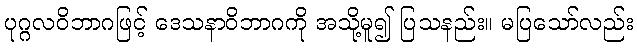
ပုဂ္ဂလဝိဘာဂဖြင့် ဒေသနာဝိဘာဂကို အသို့မူ၍ ပြသနည်း။ မပြသော်လည်း